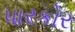
પારકોર